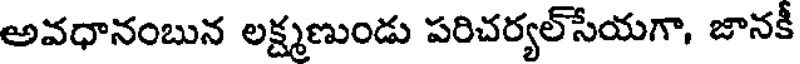
అవధానంబున లక్ష్మణుండు పరిచర్యల్సేయగా, జానకీ